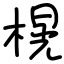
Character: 榥